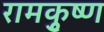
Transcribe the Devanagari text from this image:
रामकृुष्ण